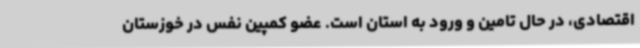
اقتصادی، در حال تامین و ورود به استان است. عضو کمپین نفس در خوزستان